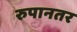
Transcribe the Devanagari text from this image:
रुपानतर